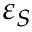
\varepsilon _ { S }